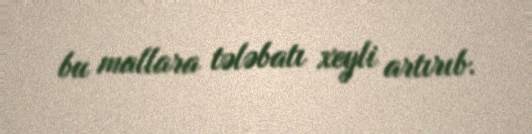
bu mallara tələbatı xeyli artırıb.